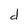
Character: d